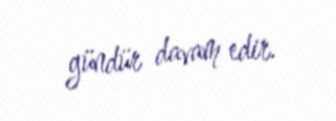
gündür davam edir.